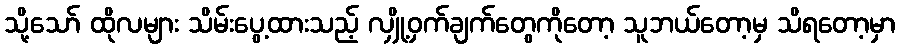
သို့သော် ထိုလများ သိမ်းပွေ့ထားသည့် လျှို့ဝှက်ချက်တွေကိုတော့ သူဘယ်တော့မှ သိရတော့မှာ